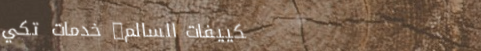
تكييفات السالم: خدمات تكي